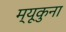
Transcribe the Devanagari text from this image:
म्यूकुना